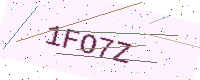
Text: 1FO7Z